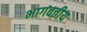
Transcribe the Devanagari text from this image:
भागवतीय